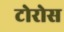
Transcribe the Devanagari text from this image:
टोरोस